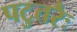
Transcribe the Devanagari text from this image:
पटुतरैः